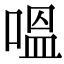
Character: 嗢